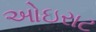
ઓઇરાટ